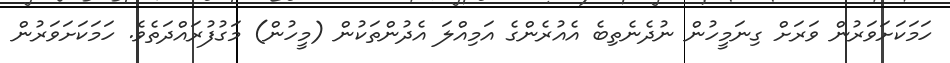
ހަމަކަށަވަރުން ވަރަށް ގިނަމީހުން ނުދެނެތިބެ އެއުރެންގެ އަމިއްލަ އެދުންތަކުން (މީހުން) މަގުފުރައްދަތެވެ. ހަމަކަށަވަރުން